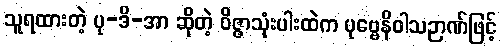
သူရထားတဲ့ ပု-ဒိ-အာ ဆိုတဲ့ ဝိဇ္ဇာသုံးပါးထဲက ပုဗ္ဗေနိဝါသဉာဏ်ဖြင့်